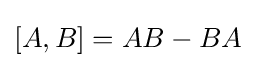
[A,B]=AB-BA